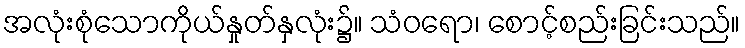
အလုံးစုံသောကိုယ်နှုတ်နှလုံး၌။ သံဝရော၊ စောင့်စည်းခြင်းသည်။